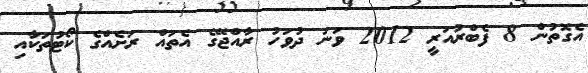
އެގޮތުން 8 ފެބްރުއަރީ 2012 ވަނަ ދުވަހު ރާއްޖޭގެ އެތައް ރަށެއްގެ ކޯޓުތަކާއި